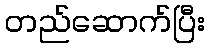
တည်ဆောက်ပြီး